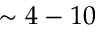
\sim 4 - 1 0